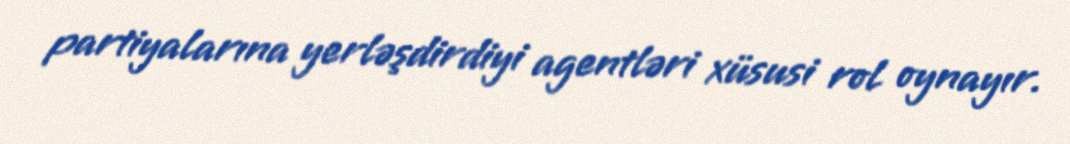
partiyalarına yerləşdirdiyi agentləri xüsusi rol oynayır.